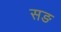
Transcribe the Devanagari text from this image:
सङ